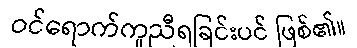
ဝင်ရောက်ကူညီရခြင်းပင် ဖြစ်၏။